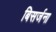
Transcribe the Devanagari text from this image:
बिसर्जना